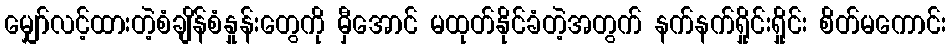
မျှော်လင့်ထားတဲ့စံချိန်စံနှုန်းတွေကို မှီအောင် မထုတ်နိုင်ခံတဲ့အတွက် နက်နက်ရှိုင်းရှိုင်း စိတ်မကောင်း